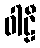
ဝါဠီ